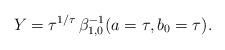
LaTeX: \begin{align*}Y = \tau^{1/\tau}\,\beta^{-1}_{1,0}(a=\tau, b_0=\tau). \end{align*}